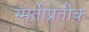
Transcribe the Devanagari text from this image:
स्मृतीप्रतीक